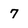
Character: 7